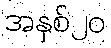
အနှစ်၂၀